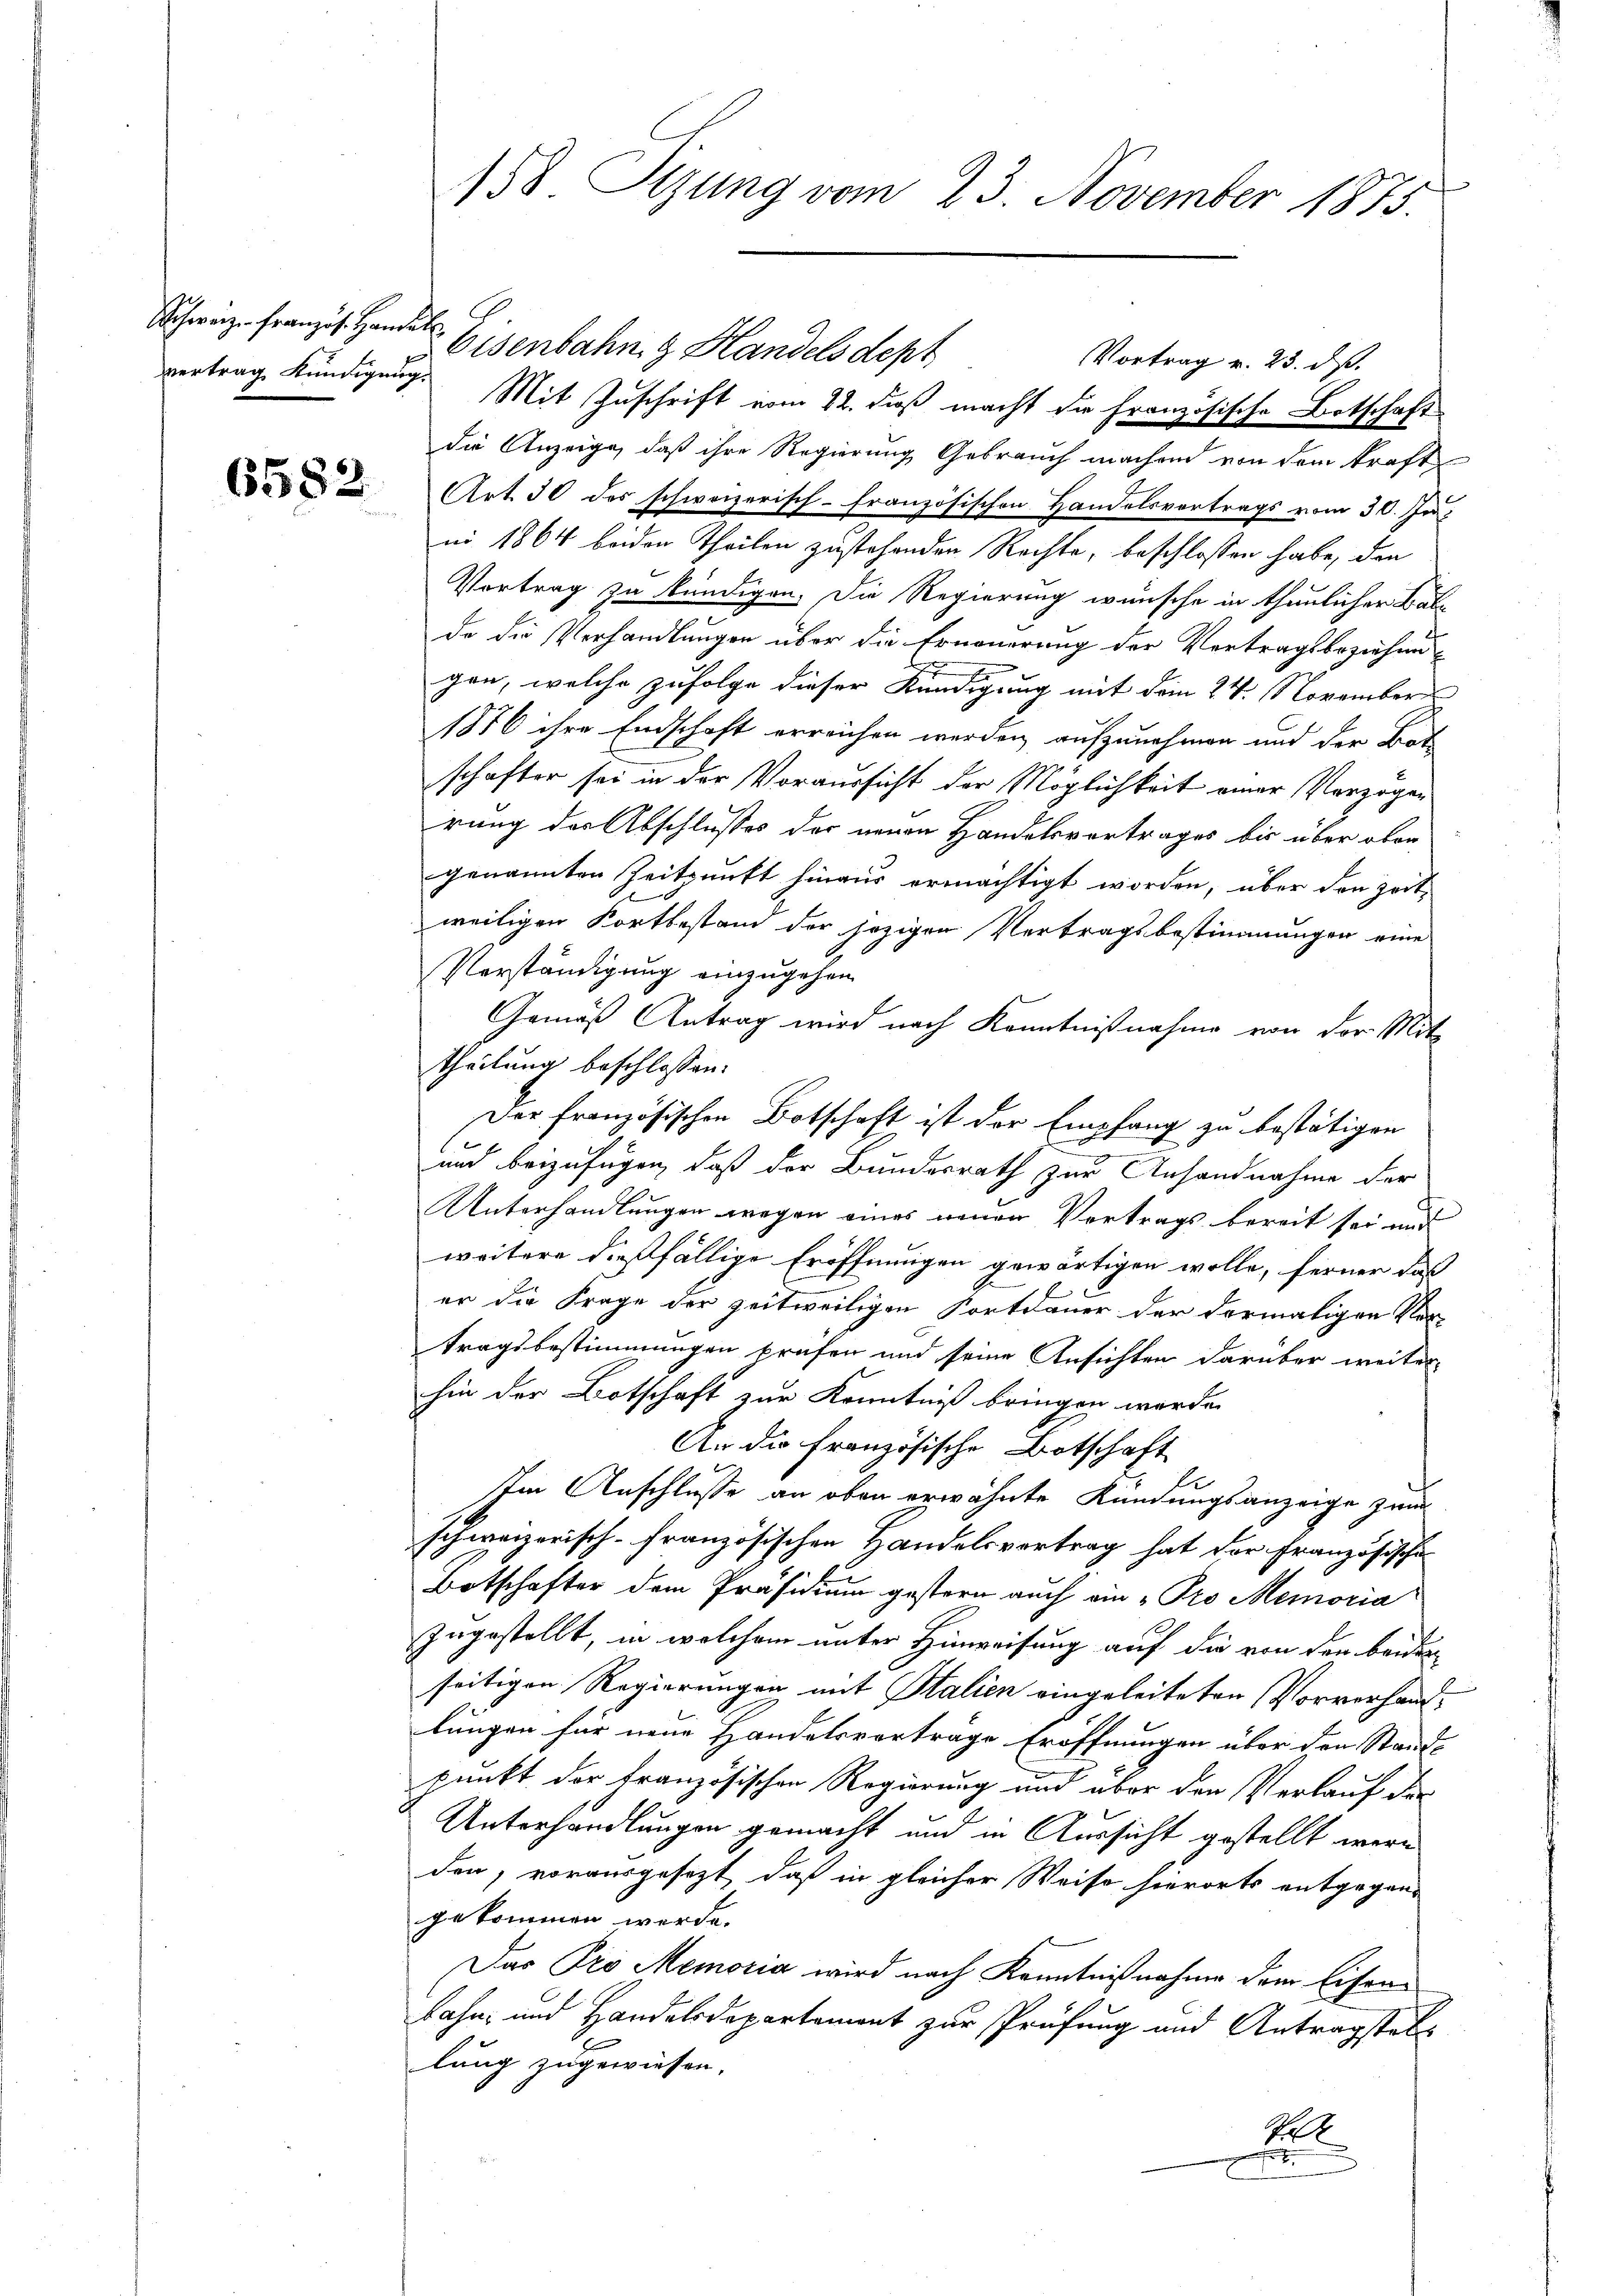
Schweize Französ. Handels.
vertrag Kundigung.

Eisenbahn & Handelsdept
Vortrag v. 23. dß.
Mit Zuschrift vom 22. daß macht die Französische Botschaft
die Anzeige, daß ihre Regierung Gebrauch machen von dem kraft
 Art. 30 des schweizerisch-französischen Handelsvortrags vom 30. Ju
ni 1864 beiden Theilen zustehenden Rechte, beschlossen habe, den
Vortrag zu kündigen. Die Regierung wünsche in thunlicher Balde die Verhandlungen über die Erneuerung der Vertragsbeziehen
gen, welche zufolge dieser Kündigung mit dem 24. November
1856 ihre Endschaft erreichen werden aufzunehmen und der Bot
schafter sei in der Voraussicht der Möglichkeit einer Verzöger
rung des Abschlusses der neuen Handelsvortrages bis über oben
genannten Zeitpunkt hinaus ermächtigt worden, über den Zeitweiligen Fortbestand der jezigen Vertragsbestimmungen eine
Verständigung einzugehen.
Gemäss Antrag wird nach Kenntnißnahme von der Mitt
theilung beschlossen:
Der französischen Botschaft ist der Empfang zu bestätigen
und beizufügen, daß der Bundesrath zur Anhandnahme der
Unterhandlungen wegen eines neuen Vertrags bereit sei und
weitere dießfällige Eröffnungen gewärtigen wolle, ferner das
er die Frage der zeitweiligen Fortdauer der dermaligen Ver-
tragsbestimmungen prüfen und seine Ansichten darüber weiter
hin der Botschaft zur Kenntniß bringen werde.
An die französische Botschaft
Im Anschlusse an oben erwähnte Kündungsanzeige zwar
schweizerisch-Französischen Handelsvertrag hat der Französische
Botschafter dem Präsidium gestern auch ein „Pro Memoria
zugestellt, in welchem unter Hinweisung auf die von den beiden
seitigen Regierungen mit Italien eingeleiteten Vorverhandlungen für neue Handelsvorträge Eröffnungen über den Stand-
punkt der Französischen Regierung und über den Verlauf der
Unterhandlungen gemacht und in Aussicht gestellt werden, vorausgesezt, daß in gleicher Weise hierorts entgegen-
gekommen werde.
Das Pro Memoria wird nach Kenntnißnahme dem Eisenbahn- und Handelsdepartement zur Prüfung und Antragstell
lung zugewiesen. |
P
.

158. Sizung vom 23. November 1875.